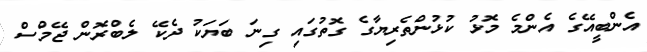
އެންބީއޭގެ އެންމެ މޮޅު ކުޅުންތެރިޔާގެ ގޮތުގައި ގިނަ ބަޔަކު ދެކޭ ލެބްރޮން ޖޭމްސް